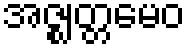
အဇ္ဈတ္တမေဝ